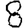
Digit: 8